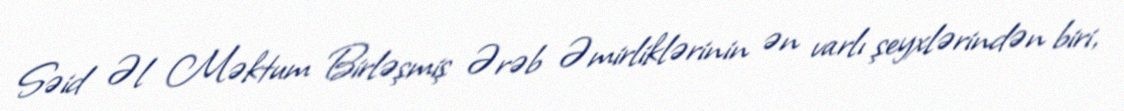
Səid Əl Məktum Birləşmiş Ərəb Əmirliklərinin ən varlı şeyxlərindən biri,